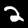
Digit: 2